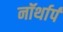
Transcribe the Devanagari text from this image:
नॉर्थार्प